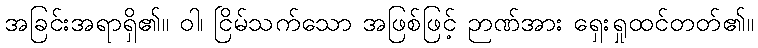
အခြင်းအရာရှိ၏။ ဝါ၊ ငြိမ်သက်သော အဖြစ်ဖြင့် ဉာဏ်အား ရှေးရှုထင်တတ်၏။